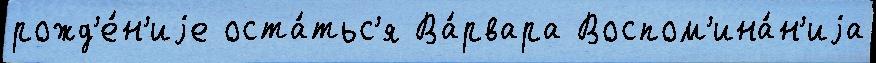
рожд'е́н'иjе оста́тьс'я Ва́рвара Воспом'ина́н'иjа